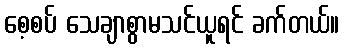
စေ့စပ် သေချာစွာမသင်ယူရင် ခက်တယ်။